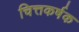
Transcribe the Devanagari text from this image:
चित्तकर्षक